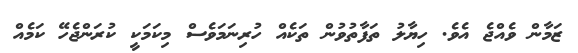
ޒަމާން ވެއްޖެ އެވެ. ހިޔާލު ތަފާތުވުން ތަކެއް ހުރިނަމަވެސް މިކަމަކީ ކުރަންޖެހޭ ކަމެއް